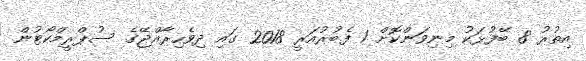
އިތުރު 8 ބޭފުޅަކު މިނިވަންކޮށް 1 ފެބުރުއަރީ 2018 ގައި ދިވެހިރާއްޖޭގެ ސުޕްރީމްކޯޓުން